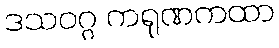
ဒသဝဂ္ဂ ကရုဏကထာ